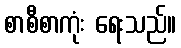
စာစီစာကုံး ရေးသည်။